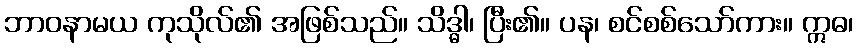
ဘာဝနာမယ ကုသိုလ်၏ အဖြစ်သည်။ သိဒ္ဓါ၊ ပြီး၏။ ပန၊ စင်စစ်သော်ကား။ ဣဓ၊